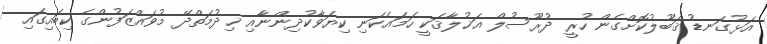
އަޅުގަނޑު ޤަބޫލުކޮށްގެން ހުރީ ދުރޫސުލް އަޚުލާޤަކީ ހަމައެކަނި ކިޔަވާކުދިންނާއި ޚިދުމަތްދޭ މުވައްޒަފުންގެ ކިބައިގައި